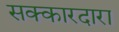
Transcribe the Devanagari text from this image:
सक्कारदारा